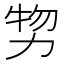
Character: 𠡵